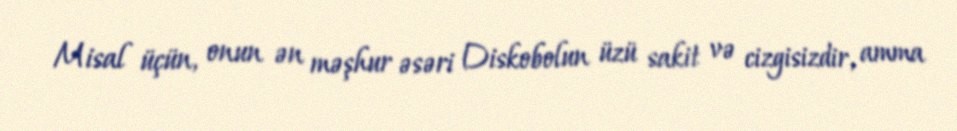
Misal üçün, onun ən məşhur əsəri Diskobolun üzü sakit və cizgisizdir, amma